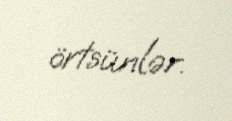
örtsünlər.